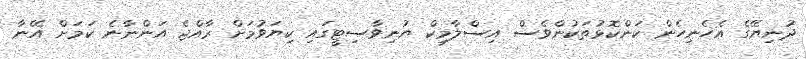
ދުނިޔޭގެ އެހެނިހެން ކަންކޮޅުތަކުންވެސް އިސްލާމިކް ޔުނިވާސިޓީގައި ކިޔަވުމަށް ރާއްޖެ އަންނާނެ ކަމަށް އޭނާ